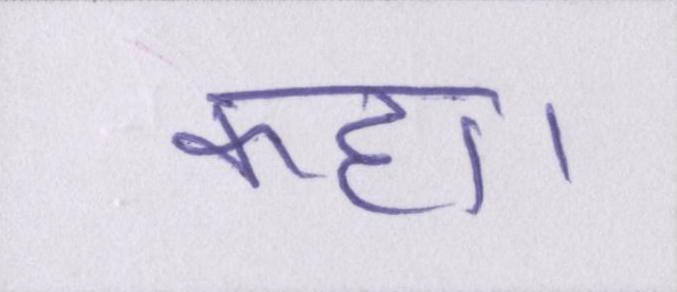
कहा।